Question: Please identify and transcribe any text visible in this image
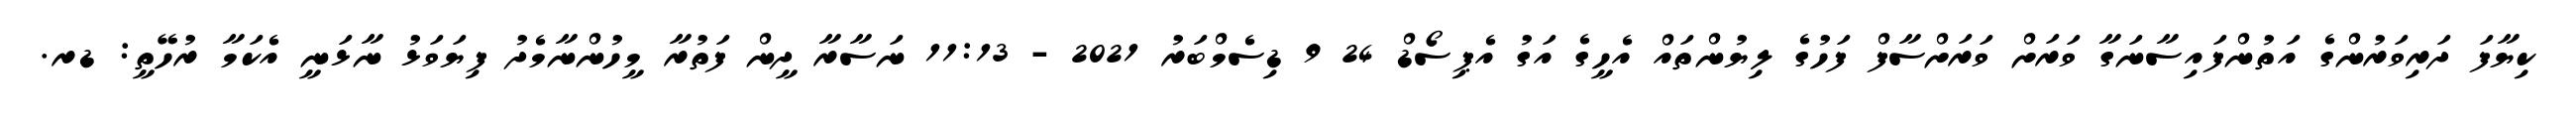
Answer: ކިޔާފަ ދަރިވަރުންގެ އަތުންފައިސާނަގާ ވަރަށް ވަރަށްސާފް ފަހުގެ ލިޔުންތައް އެހީގެ އަގު އެޕިސޯޑް 24 9 ޑިސެމްބަރު 2021 - 11:13 ނަސާރާ ދީން ފަތުރާ މީހުންނާމެދު ފިޔަވަޅު ނާޅަނީ އެކަމާ ރުހޭތީ: ޑރ.